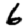
Digit: 6